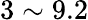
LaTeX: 3\sim 9.2